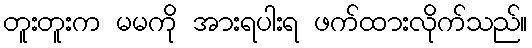
တူးတူးက မမကို အားရပါးရ ဖက်ထားလိုက်သည်။